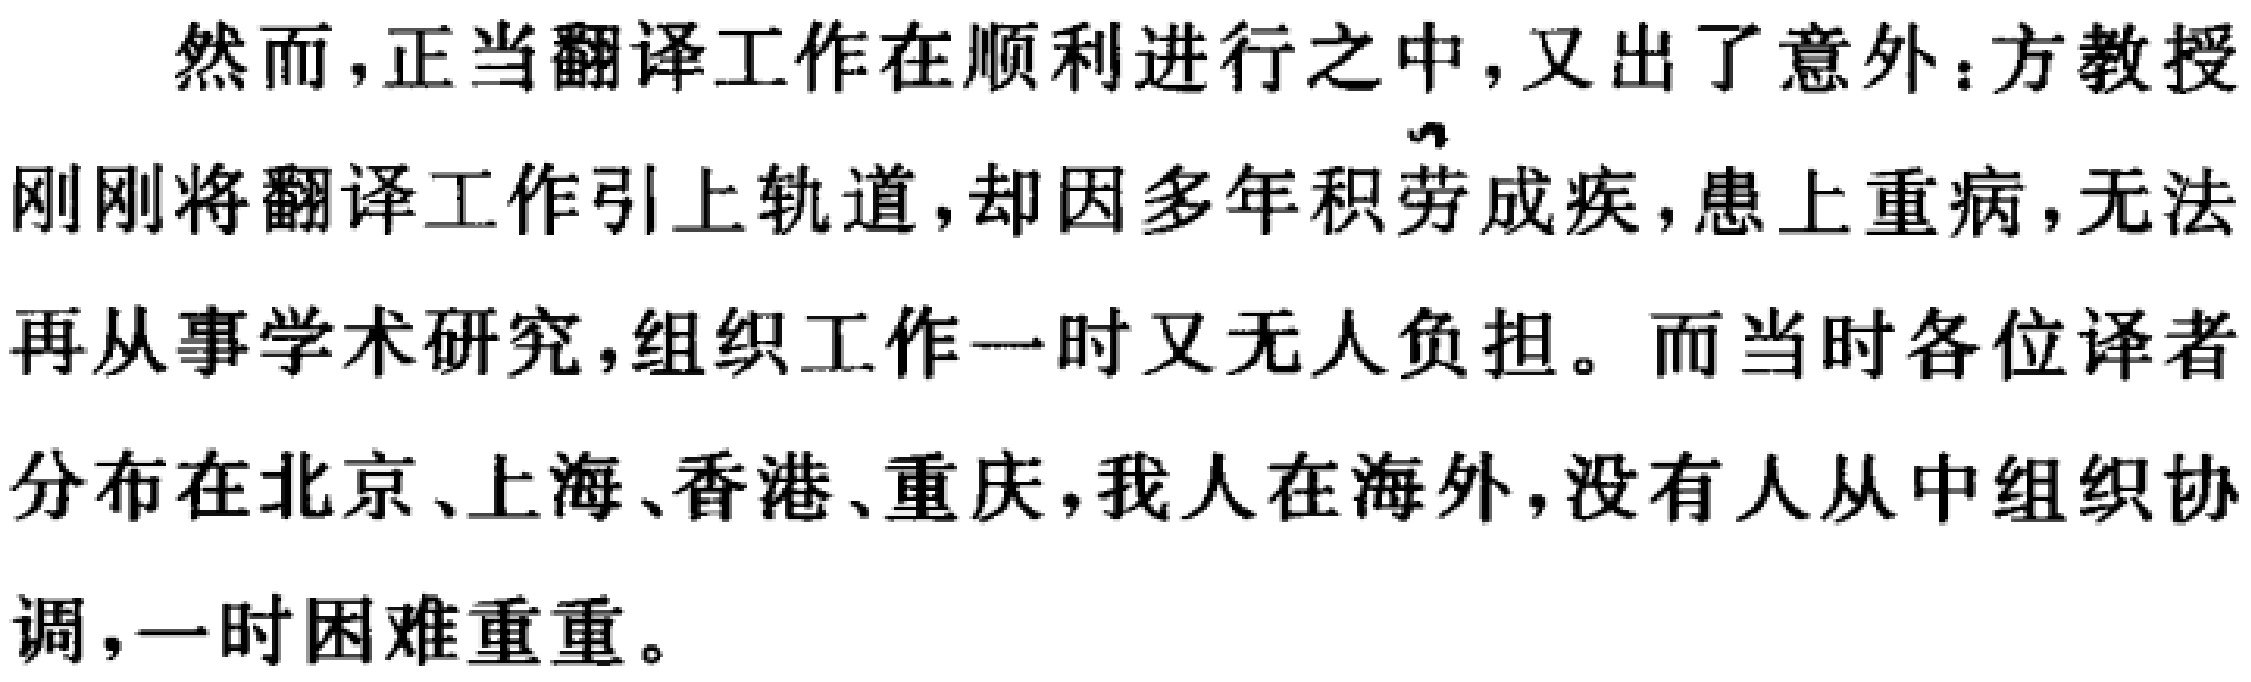
然而，正当翻译工作在顺利进行之中，又出了意外：方教授
刚刚将翻译工作引上轨道，却因多年积劳成疾，患上重病，无法
再从事学术研究，组织工作一时又无人负担。而当时各位译者
分布在北京、上海、香港、重庆，我人在海外，没有人从中组织协
调，一时困难重重。